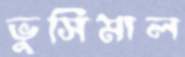
ভুসিমাল